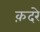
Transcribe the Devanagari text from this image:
क़दरे